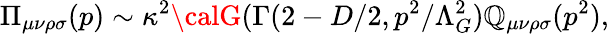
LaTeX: \Pi_{\mu\nu\rho\sigma}(p)\sim\kappa^{2}{\calG}(\Gamma(2-D/2,p^{2}/\Lambda_{G}^{2})\mathbb{Q}_{\mu\nu\rho\sigma}(p^{2}),